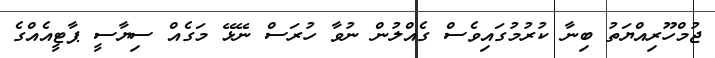
ޖުމްހޫރިއްޔަތު ބިނާ ކުރުމުގައިވެސް ގެއްލުން ނުވާ ހުރަސް ނޭޅޭ މަގެއް ސިޔާސީ ޕާޓީއެއްގެ